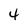
Character: 4